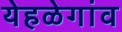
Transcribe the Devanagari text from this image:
येहळेगांव